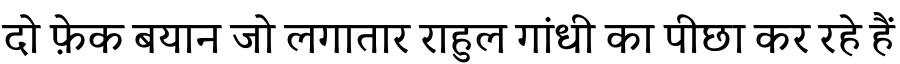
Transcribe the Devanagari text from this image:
दो फ़ेक बयान जो लगातार राहुल गांधी का पीछा कर रहे हैं